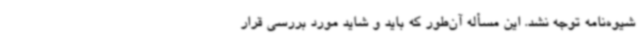
شیوه‌نامه توجه نشد. این مسأله آن‌طور که باید و شاید مورد بررسی قرار